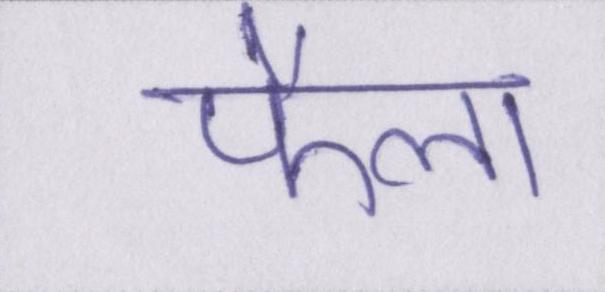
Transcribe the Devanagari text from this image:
फैला